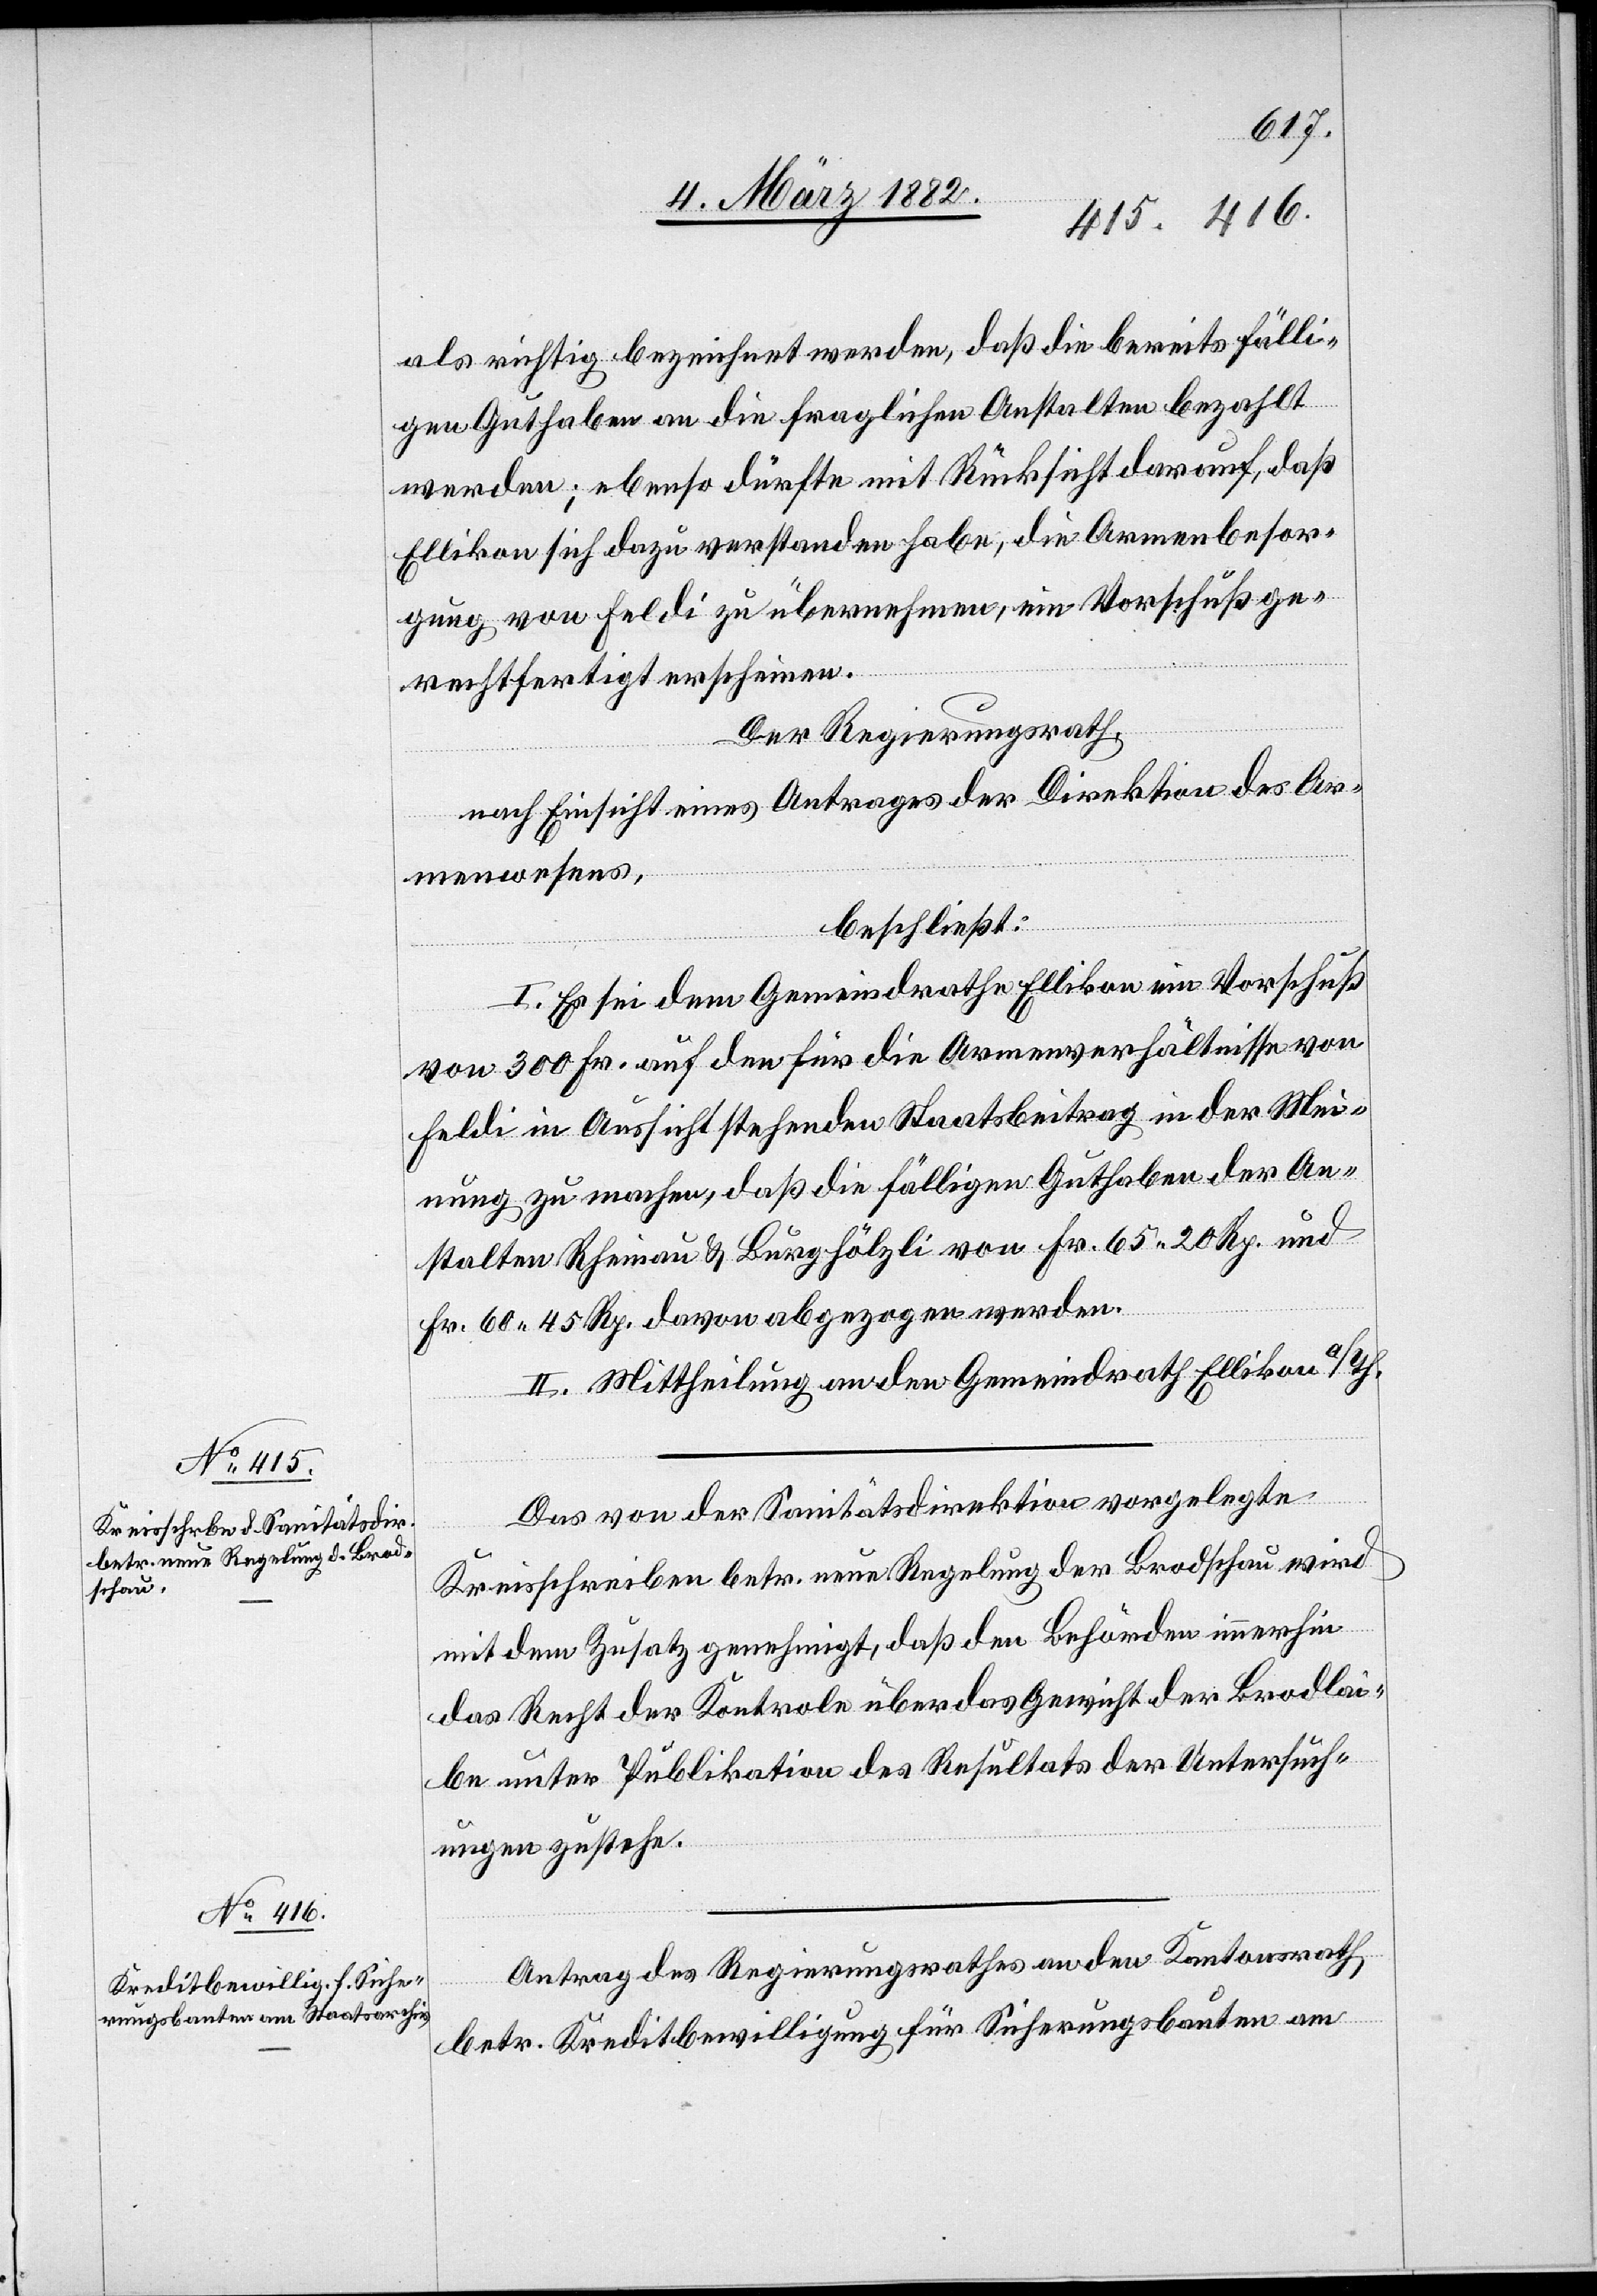
als richtig bezeichnet werden, daß die bereits fälli¬
gen Guthaben an die fraglichen Anstalten bezahlt
werden; ebenso dürfte mit Rücksicht darauf, daß
Ellikon sich dazu verstanden habe, die Armenbesor¬
gung von Feldi zu übernehmen, ein Vorschuß ge¬
rechtfertigt erscheinen.
Der Regierungsrath,
nach Einsicht eines Antrages der Direktion des Ar¬
menwesens,
beschließt:
I. Es sei dem Gemeindrath Ellikon ein Vorschuß
von 300 Fr. auf den für die Armenverhältnisse von
Feldi in Aussicht stehenden Staatsbeitrag in der Mei¬
nung zu machen, daß die fälligen Guthaben der An¬
stalten Rheinau & Burghölzli von Fr. 65 20 Rp. und
Fr. 60 45 Rp. davon abgezogen werden.
II. Mittheilung an den Gemeindrath Ellikon a/Th.
Das von der Sanitätsdirektion vorgelegte
Kreisschreiben betr. neue Regelung der Brodschau wird
mit dem Zusatz genehmigt, daß den Behörden immerhin
das Recht der Kontrole über das Gewicht der Brodlai¬
be unter Publikation des Resultats der Untersuch¬
ungen zustehe.
Antrag des Regierungsrathes an den Kantonsrath
betr. Kreditbewilligung für Sicherungsbaute am